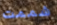
شممت